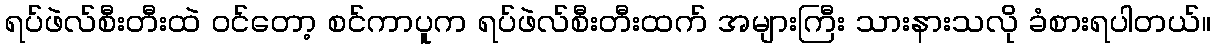
ရပ်ဖဲလ်စီးတီးထဲ ဝင်တော့ စင်ကာပူက ရပ်ဖဲလ်စီးတီးထက် အများကြီး သားနားသလို ခံစားရပါတယ်။